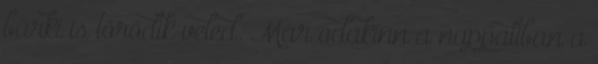
bárki is törődik veled. Már odakinn a nappaliban a